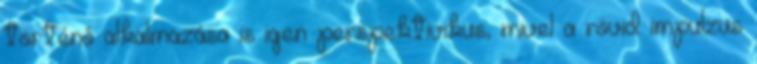
történô alkalmazása is igen perspektivikus, mivel a rövid impulzus